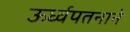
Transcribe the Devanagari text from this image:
ऊर्ध्वपतनाने